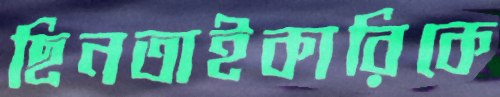
ছিনতাইকারিকে